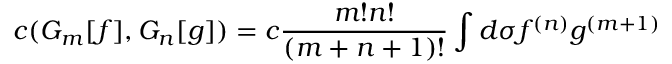
c ( { \cal G } _ { m } [ f ] , { \cal G } _ { n } [ g ] ) = c { \frac { m ! n ! } { ( m + n + 1 ) ! } } \int d \sigma f ^ { ( n ) } g ^ { ( m + 1 ) }